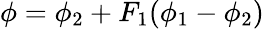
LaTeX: \phi=\phi_{2}+F_{1}(\phi_{1}-\phi_{2})